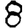
Digit: 8